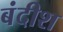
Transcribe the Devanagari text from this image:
बंदीश